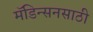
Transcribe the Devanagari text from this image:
मॅडिन्सनसाठी